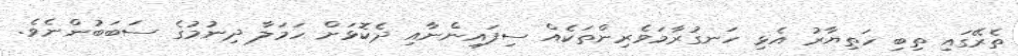
ތެރޭގައި ތިބި ހަތިޔާރު އެޅި ހަނގުރާމަވެރިންތަކެއް ސިފައިންނާއި ދެކޮޅަށް ހަމަލާ ދިނުމުގެ ސަބަބުންނެވެ.